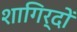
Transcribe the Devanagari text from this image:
शागिर्दों